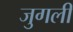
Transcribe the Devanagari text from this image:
जुगली